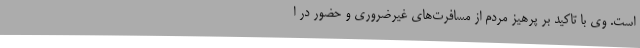
است. وی با تاکید بر پرهیز مردم از مسافرت‌های غیرضروری و حضور در ا